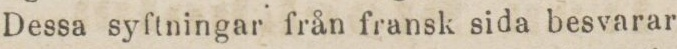
Dessa syftningar från fransk sida besvarar